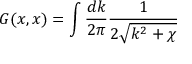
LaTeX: G ( x , x ) = \int \frac { d k } { 2 \pi } \frac { 1 } { 2 \sqrt { k ^ { 2 } + \chi } }